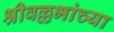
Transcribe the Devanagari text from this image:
श्रीवल्लभांच्या